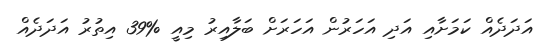
އަދަދެއް ކަމަށާއި އަދި އަހަރުން އަހަރަށް ބަލާއިރު މިއީ %39 އިތުރު އަދަދެއް